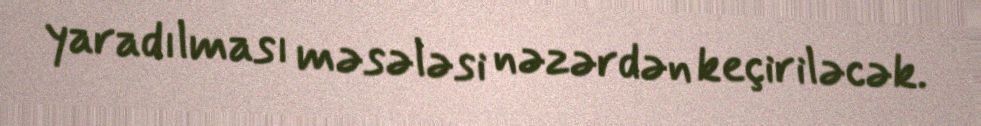
yaradılması məsələsi nəzərdən keçiriləcək.